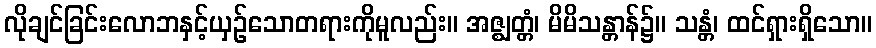
လိုချင်ခြင်းလောဘနှင့်ယှဉ်သောတရားကိုမူလည်း။ အဇ္ဈတ္တံ၊ မိမိသန္တာန်၌။ သန္တံ၊ ထင်ရှားရှိသော။